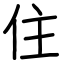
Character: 住